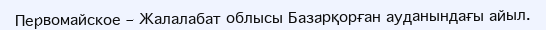
Первомайское – Жалалабат облысы Базарқорған ауданындағы айыл.